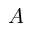
A